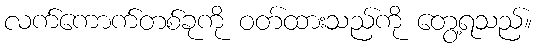
လက်ကောက်တစ်ခုကို ဝတ်ထားသည်ကို တွေ့ရသည်။